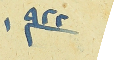
١٩٢٢